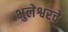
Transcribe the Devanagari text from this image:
भुलेश्वरचे